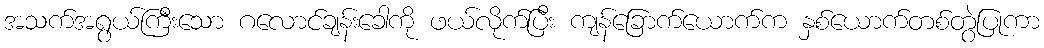
အသက်အရွယ်ကြီးသော ဂလောင်ချန်းခေါကို ဖယ်လိုက်ပြီး ကျန်ခြောက်ယောက်က နှစ်ယောက်တစ်တွဲပြုကာ